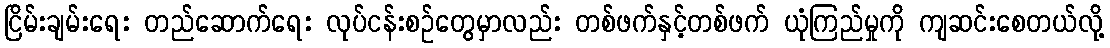
ငြိမ်းချမ်းရေး တည်ဆောက်ရေး လုပ်ငန်းစဉ်တွေမှာလည်း တစ်ဖက်နှင့်တစ်ဖက် ယုံကြည်မှုကို ကျဆင်းစေတယ်လို့